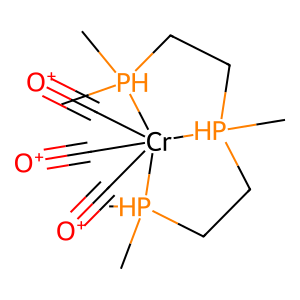
SMILES: C[PH]1(C)CC[PH]2(C)CC[PH](C)(C)[Cr]12(C#[O+])(C#[O+])C#[O+]
Inhibits HIV replication: No